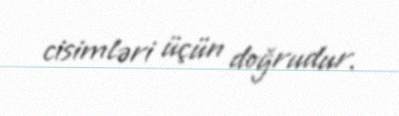
cisimləri üçün doğrudur.